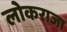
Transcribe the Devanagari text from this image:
लोकराजा